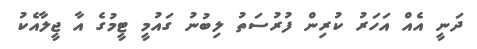
ދަނީ އެއް އަހަރު ކުރިން ފުރުސަތު ލިބުނު ގައުމީ ޓީމުގެ އާ ޖީލާއެކު